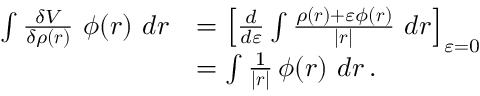
{ \begin{array} { r l } { \int { \frac { \delta V } { \delta \rho ( { \boldsymbol { r } } ) } } \ \phi ( { \boldsymbol { r } } ) \ d { \boldsymbol { r } } } & { = \left[ { \frac { d } { d \varepsilon } } \int { \frac { \rho ( { \boldsymbol { r } } ) + \varepsilon \phi ( { \boldsymbol { r } } ) } { | { \boldsymbol { r } } | } } \ d { \boldsymbol { r } } \right] _ { \varepsilon = 0 } } \\ & { = \int { \frac { 1 } { | { \boldsymbol { r } } | } } \, \phi ( { \boldsymbol { r } } ) \ d { \boldsymbol { r } } \, . } \end{array} }